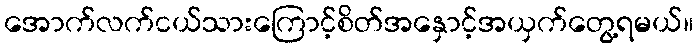
အောက်လက်ငယ်သားကြောင့်စိတ်အနှောင့်အယှက်တွေ့ရမယ်။